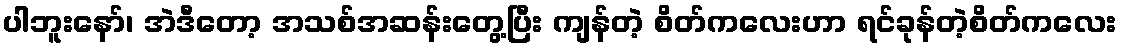
ပါဘူးနော်၊ အဲဒီတော့ အသစ်အဆန်းတွေ့ပြီး ကျန်တဲ့ စိတ်ကလေးဟာ ရင်ခုန်တဲ့စိတ်ကလေး